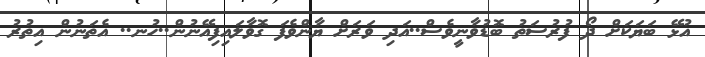
އުޅޭ ބަޔަކަށް ދޯ ފުރުސަތު ބޮޑުވާނީވެސް..އަދި ވަރަށް ޔާންވެފަ ގޮވާލައިފިއޭނުން..ހުނ.. އެތަނުން އިތުރު